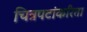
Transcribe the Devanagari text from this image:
चित्रपटांकरिता